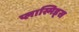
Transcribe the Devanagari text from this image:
प्लास्मिड्स